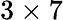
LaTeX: {3\times 7}